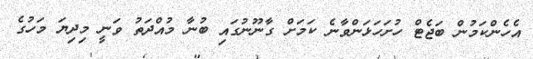
އެހެންކަމުން ބަޖެޓް ހުށަހަޅަންވާނެ ކަމަށް ގާނޫނުގައި ބުނާ މުއްދަތު ވަނީ މިދިޔަ މަހުގެ